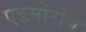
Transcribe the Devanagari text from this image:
एडमोरोब